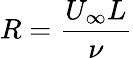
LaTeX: R=\frac{U_{\infty}L}{\nu}